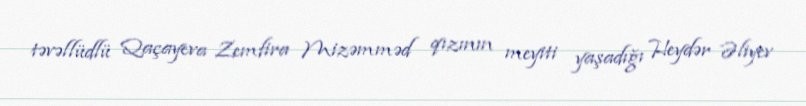
təvəllüdlü Qaçayeva Zemfira Mizəmməd qızının meyiti yaşadığı Heydər Əliyev